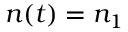
n ( t ) = n _ { 1 }